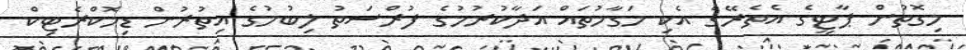
މިގޮތުން ޕާޓީގެ އެތެރޭގެ އެކި މަގާމުތައް އަދާކުރުމުގެ ފުރްސަތު ލިބުމުގެ އިތުރުން ޑިމޮކްރެޓިކް